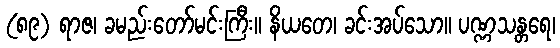
(၈၉) ရာဇ၊ ခမည်းတော်မင်းကြီး။ နိယတေ၊ ခင်းအပ်သော။ ပဏ္ဏသန္တရေ၊